Sanitation, dispensaries and jails vaccination Rajputana 1922-1927 - 1922-1927
Year: 1922
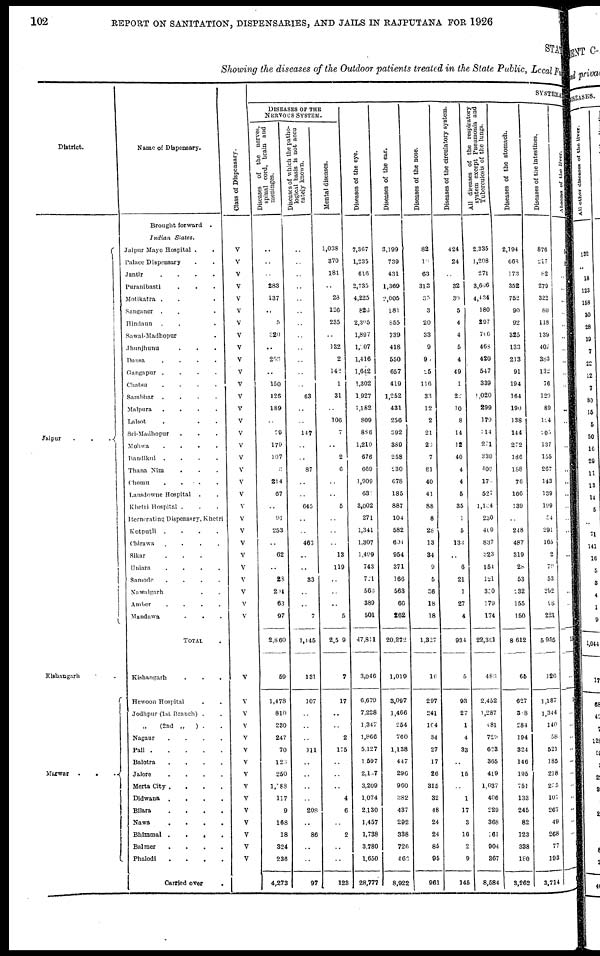
102
REPORT ON SANITATION, DISPENSARIES, AND JAILS IN RAJPUTANA FOR 1926
STATE
Showing the diseases of the Outdoor patients treated in the State Public, Local Fund
District.
Jaipur
...
Kishangarh ..
Marwar
...
Name of Dispensary.
Brought forward
.
Indian
States.
Jaipur Mayo Hospital ..
Palace Dispensary..
Jantir
.
.
.
.
Puranibasti ...
Motikatra ...
Sanganer ...
Hindaun...
Sawai-Madhopur...
Jhunjhunu ...
Dausa
.
.
.
.
Gangapur
.
.
.
.
Chatsu
.
.
.
.
Sambhar
.
.
.
.
Malpura
.
.
.
.
Lalsot ....
Sri-Madhopur ...
Mohwa
.
.
.
.
Bandikui
.
.
.
.
Thana Nim ...
Chmu....
Lansdowne Hospital ..
Khetri Hospital ...
Iternerating Dispensary, Khetri
Kotputli
.
.
.
.
Chirawa
.
.
.
.
Sikar ....
Uniara
.
.
.
.
Samode
.
.
.
.
Nawalgarh ...
Amber
.
.
.
.
Mandawa....
TOTAL .
Kishangarh ...
Hewoon Hospital ..
Jodhpur (1st Branch) .
„ (2nd
„
) ..
Nagaur
.
.
.
.
Pali
Balotra
.
.
.
.
Jalore
.
.
.
.
Merta City .
.
.
.
Didwana
.
.
.
.
Bilara
.
.
.
.
Nawa
.
.
.
.
Bhimmal
.
.
.
.
Balmer
.
.
.
.
Phalodi
.
.
.
.
Carried over
.
Class of Dispensary.
V
V
V
V
V
V
V
V
V
V
V
V
V
V
V
V
V
V
V
V
V
V
V
V
V
V
V
V
V
V
V
V
V
V
V
V
V
V
V
V
V
V
V
V
V
V
SYSTEMATIC
DISEASES OF THE
NERVOUS SYSTEM.
Diseases of the nerves.
spinal cord, brain and
meninges.
..
..
..
283
137
..
5
320
..
263
..
150
126
189
..
79
179
107
..
214
67
..
91
253
..
62
..
28
204
63
97
2,860
59
1,478
810
230
247
70
123
250
1,083
117
9
168
18
324
236
4,273
Diseases of which the patho-
logical basis is not accu
rately known.
..
..
..
..
..
..
..
..
..
..
..
..
63
..
..
147
..
..
87
..
..
645
..
..
463
..
..
33
..
..
7
1,445
131
107
..
..
..
111
..
..
..
..
208
..
86
..
..
97
Mental diseases.
1,038
370
181
..
23
126
235
..
132
2
142
1
31
..
106
7
..
2
6
..
..
5
..
..
..
13
119
..
..
..
5
2,509
7
17
..
..
2
175
..
..
..
4
6
..
2
..
..
123
Diseases of the eye.
7,367
1,235
616
2,735
4,225
826
2,305
1,897
1,007
1,416
1,642
1,302
1,927
1,182
809
886
1,219
676
669
1,909
63
3,002
271
1,341
1,307
1,499
743
721
566
389
501
47,811
3,046
6,679
7,228
1,347
1,866
5,127
1,597
2,107
3,209
1,074
2,130
1,457
1,738
3,780
1,650
28,777
Diseases of the ear.
3,199
739
431
1,369
2,005
181
855
739
418
550
657
419
1,252
431
256
392
389
258
230
678
185
887
104
582
601
954
371
166
563
66
262
20,272
1,019
3,097
1,466
254
760
1,138
447
296
960
382
437
292
338
726
460
8,922
Diseases of the nose.
82
10
63
313
35
3
20
33
9
9
25
116
33
12
2
21
20
7
81
40
41
88
8
28
13
34
9
5
36
18
18
1,327
16
297
241
104
34
27
17
26
315
32
48
24
24
85
95
961
Diseases of the circulatory system.
424
24
..
32
30
5
4
4
5
4
49
1
22
10
8
14
12
40
4
4
5
35
1
5
133
..
6
21
1
27
4
934
5
93
27
1
4
33
..
15
..
1
17
3
16
2
9
145
All diseases of the respiratory
system
except
Pneumonia
and
Tuberculosis
of
the
lungs.
2,335
1,208
271
3,606
4,434
180
297
766
768
420
547
339
1,020
299
179
114
201
339
400
170
527
1,124
230
400
837
323
154
121
300
179
174
22,301
483
2,452
1,287
481
729
623
365
419
1,037
406
229
368
161
904
367
8,584
Diseases of the stomach.
2,194
668
173
352
752
90
92
325
133
213
91
194
164
190
138
144
272
186
188
76
166
139
..
248
487
319
28
53
232
155
150
8,612
65
627
308
284
194
324
146
195
751
133
245
82
123
338
180
3,262
Diseases of the
intestines.
876
217
82
279
322
80
118
139
402
383
132
76
120
89
124
205
137
155
267
143
139
199
54
291
165
2
79
53
292
98
221
5,955
126
1,187
1,344
140
58
521
185
218
205
107
267
49
268
77
193
3,714
Abscess of the liver.
..
..
..
..
..
..
..
..
..
..
..
..
..
..
..
..
..
..
..
..
..
..
..
..
..
..
..
..
..
..
..
..
..
..
..
..
..
..
..
..
..
..
..
..
..
..
..
..